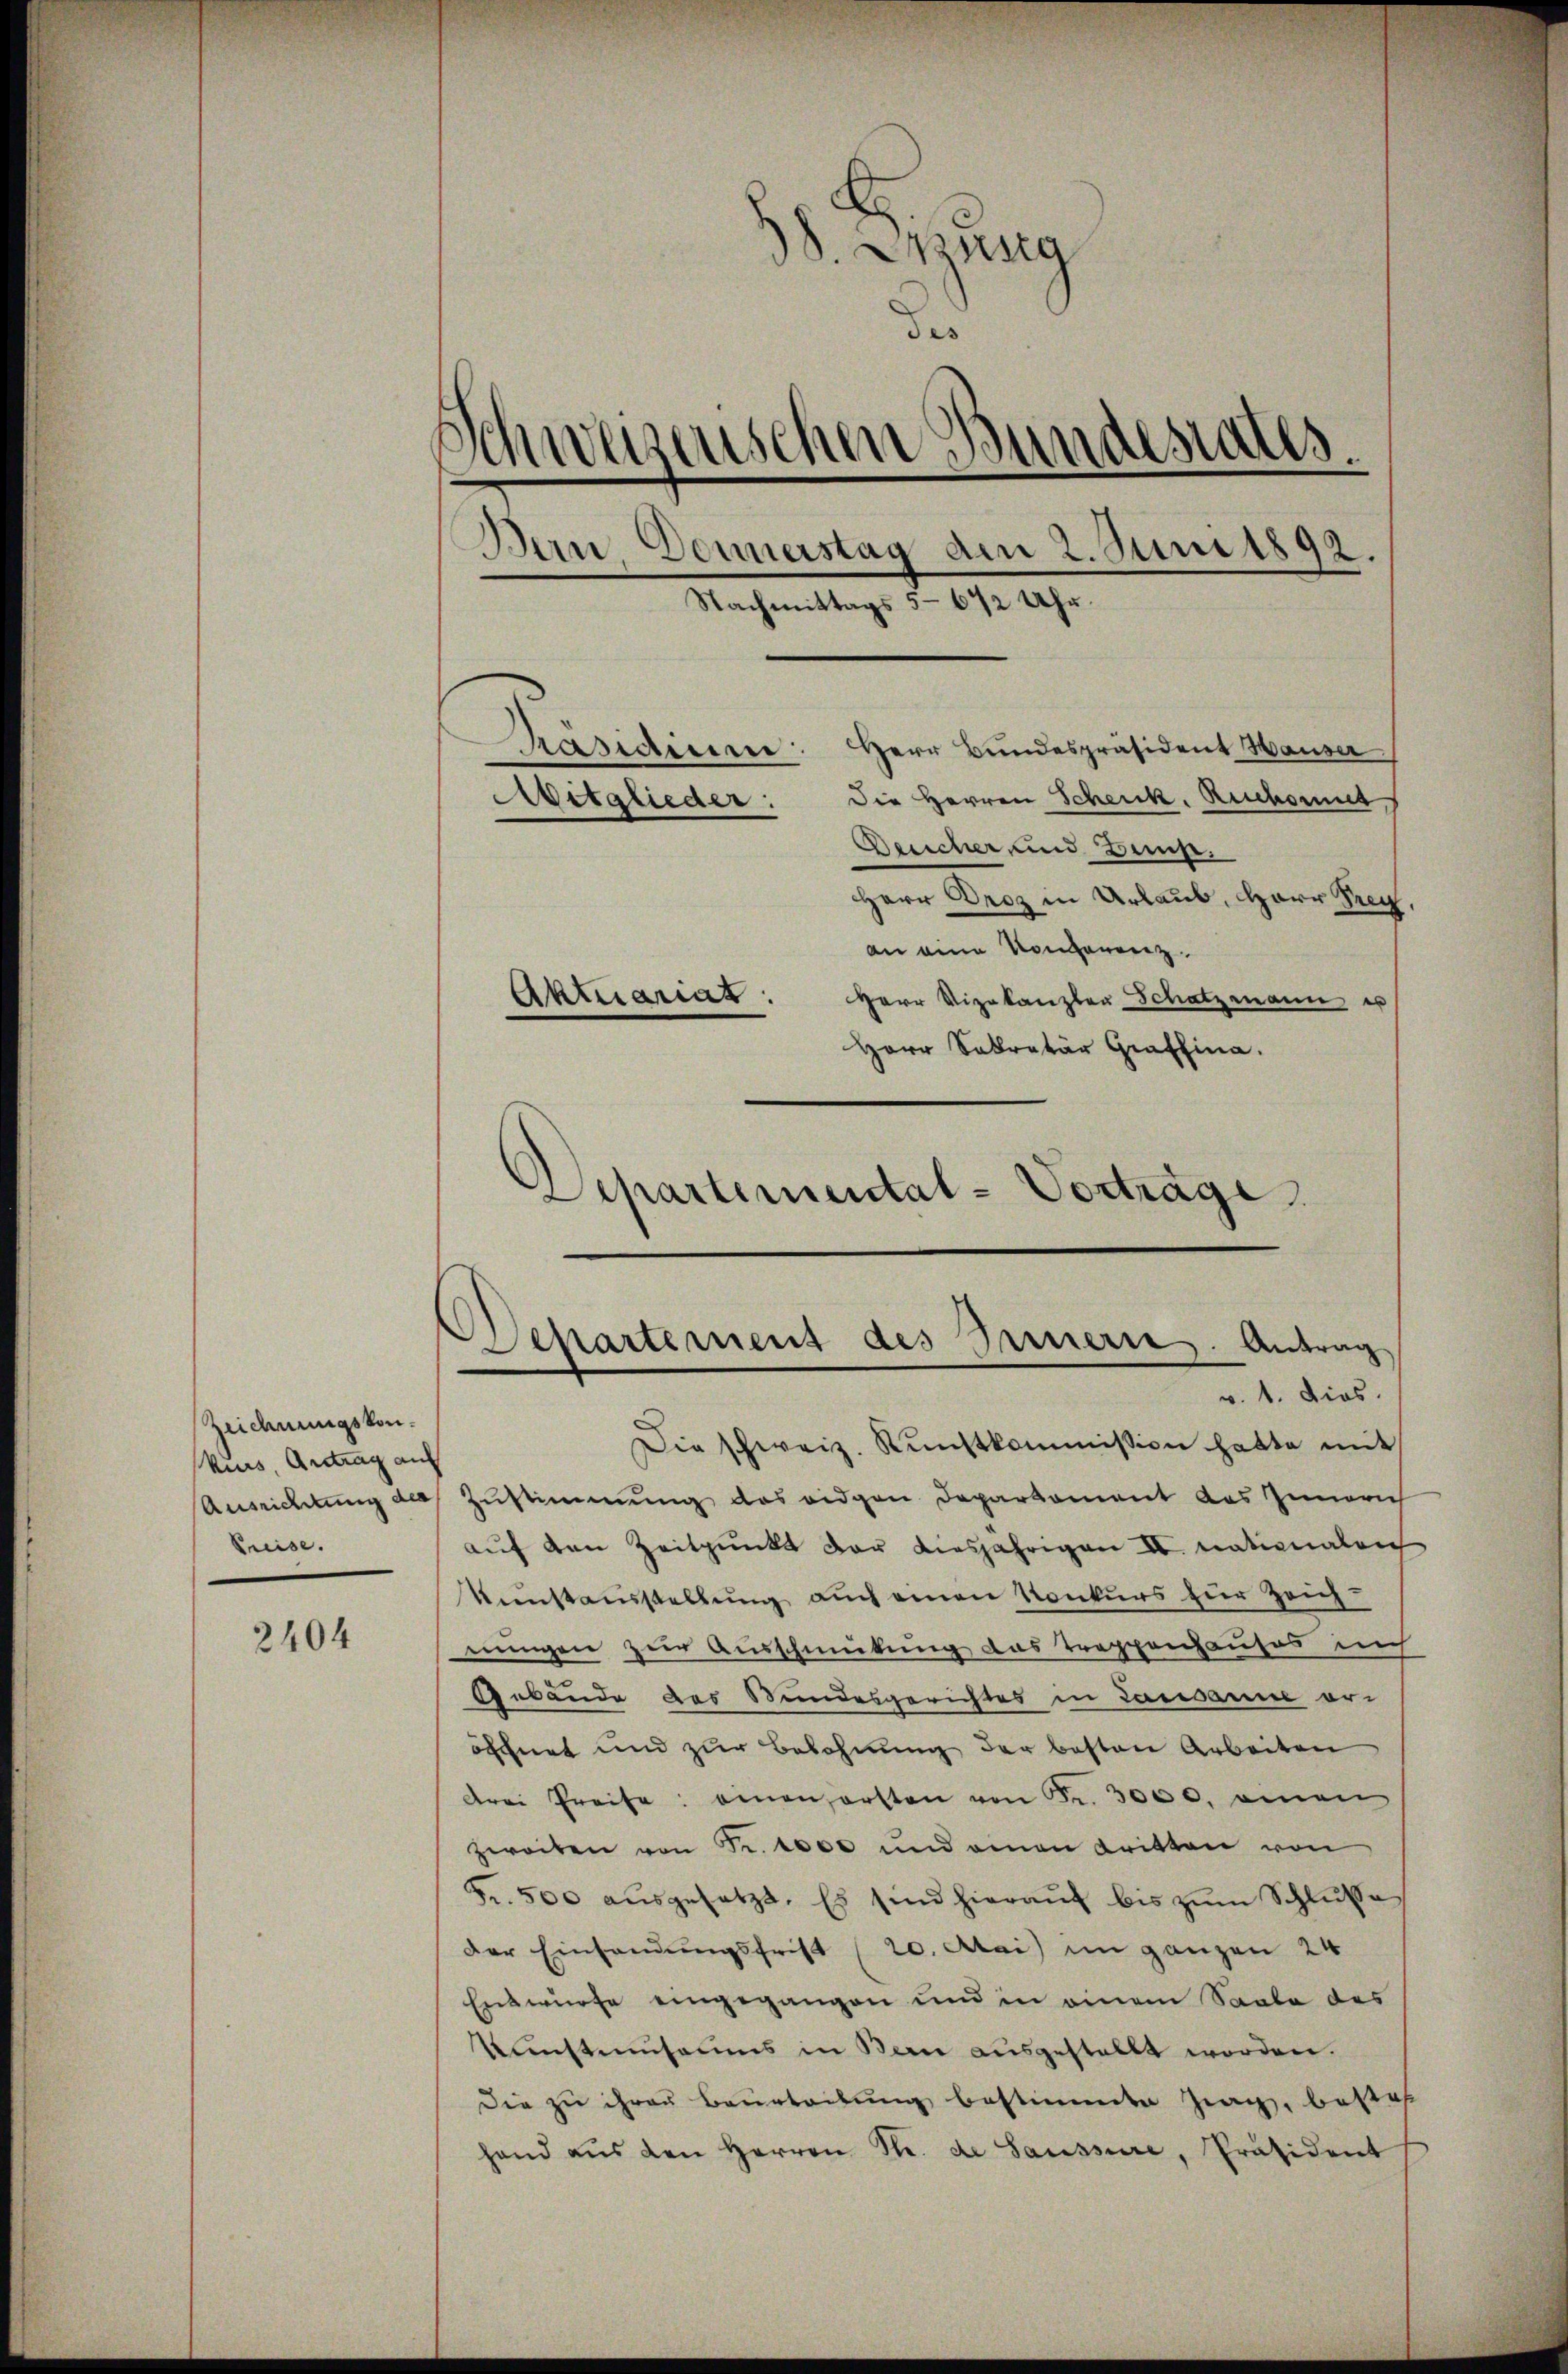
Zeichnungskonkurs, Antrag auf
Preise.

2404

8 Ausg
des
Schweizenschen Bundesrates.
Dan, Donnerstag am 2. Juni 1892.
Nachmittags 5-642 Uhr.

Präsidium. Herr Bundespräsident Hauser
Mitglieder: die Herren Schenk. Ruchoris
Deucher und Dunst.
Herr Droz in Urlaub, Herr Prey,
an eine Vorganenz.
Herr Vizekanzler Schatzmann es
Herr Sekretär Graffina.

Aktuariat

v. 1. Dies.
Die schweiz. Kunstkommission hatte mit
Ausrichtung des Zustimmung des eidgen Departement das Innerich
auf den Zeitpunkt der diesjährigen II. Nationalrich
Kustausstellung auch einen Konkurs zur Zeich-
nungen zur Ausschmückung das Treppenhauses auch
Gebäude des Bundesgerichtes in Lausanne eröfchnet und zur Belohnung der besten Arbeiten
drei Preise: einen ersten von Fr. 3000. einen
zweiten von Fr. 1000 und einen Tritten von
Fr. 500 aŭsgesetzt. Es sind hieraŭf bis zŭm Schlusse
der Einsendungsfrist (20. Mai im ganzen 24
Entwürfe eingegangen und in einem Saabe des
Kunstmuseums in Bern ausgestellt worden.
Die zu ihren Beurteilung bestimmte Zag, besteh
hand aŭs den Herren Str. de Saussure, Präsident

Departemental-Vorträge

Departement des Innern. Antrag